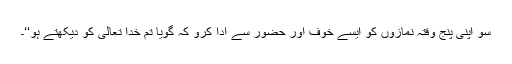
سو اپنی پنج وقتہ نمازوں کو ایسے خوف اور حضور سے ادا کرو کہ گویا تم خدا تعالیٰ کو دیکھتے ہو‘‘۔